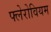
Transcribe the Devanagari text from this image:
फ्लेरोवियम